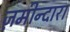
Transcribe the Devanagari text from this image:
ज़मीन्दारा